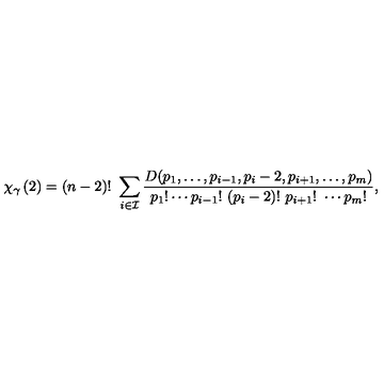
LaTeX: \chi _ { \gamma } \left( 2 \right) = ( n - 2 ) ! \ \sum _ { i \in { \cal I } } \frac { D ( p _ { 1 } , \ldots , p _ { i - 1 } , p _ { i } - 2 , p _ { i + 1 } , \ldots , p _ { m } ) } { p _ { 1 } ! \cdots p _ { i - 1 } ! \ ( p _ { i } - 2 ) ! \ p _ { i + 1 } ! \ \cdots p _ { m } ! } ,